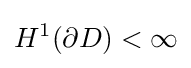
H^{1}(\partial D)<\infty